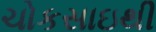
ચોકસાઇથી